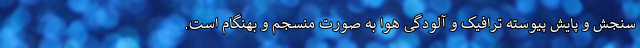
سنجش و پایش پیوسته ترافیک و آلودگی هوا به صورت منسجم و بهنگام است.